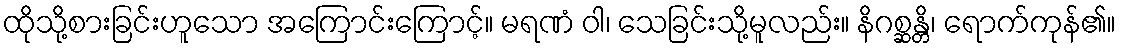
ထိုသို့စားခြင်းဟူသော အကြောင်းကြောင့်။ မရဏံ ဝါ၊ သေခြင်းသို့မူလည်း။ နိဂစ္ဆန္တိ၊ ရောက်ကုန်၏။